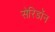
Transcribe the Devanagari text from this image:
सेरिडॉन